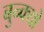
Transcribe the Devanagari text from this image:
बुन्क्यो